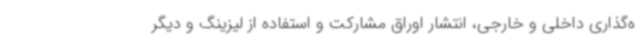
ه‌گذاری داخلی و خارجی، انتشار اوراق مشارکت و استفاده از لیزینگ و دیگر